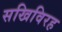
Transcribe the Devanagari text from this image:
सखिविरह